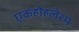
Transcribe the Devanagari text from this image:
एकहोहलेरम